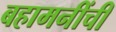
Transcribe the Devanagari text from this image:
बहामनींची